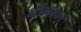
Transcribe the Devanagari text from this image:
नीलोफर